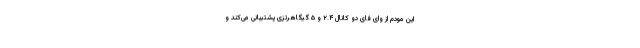
این مودم از وای فای دو کانال ۲.۴ و ۵ گیگاهرتزی پشتیبانی می‌کند و